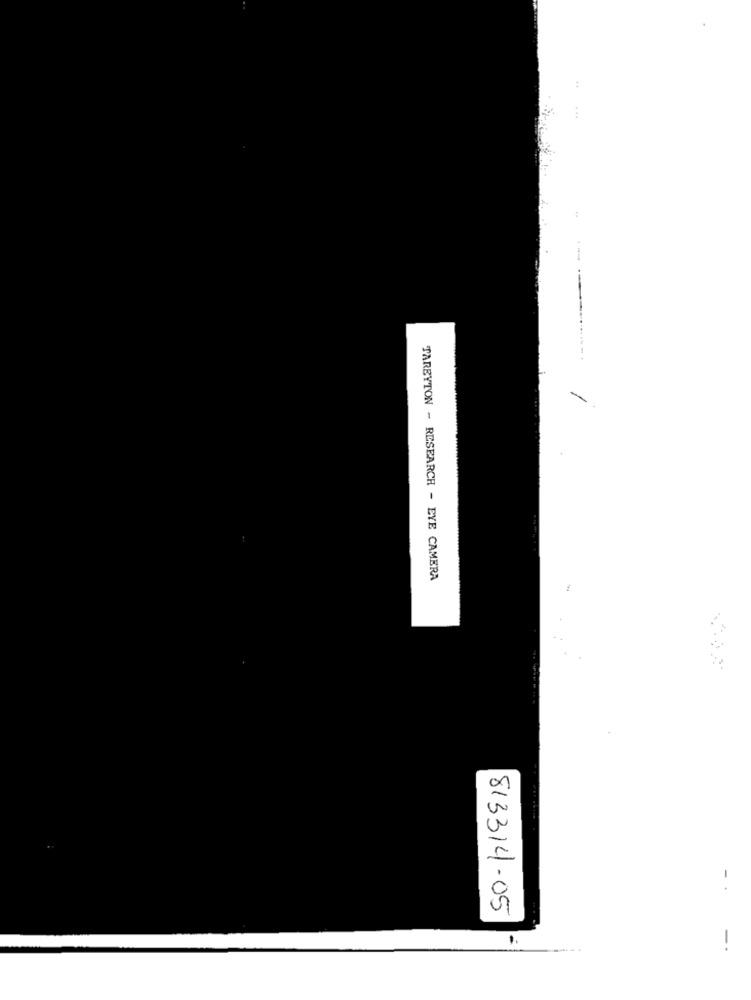
--.
TAREYTON - RESEARCH - EYE CAMERA
-.
813314-05
-.